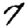
Digit: 7